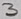
Text: 3